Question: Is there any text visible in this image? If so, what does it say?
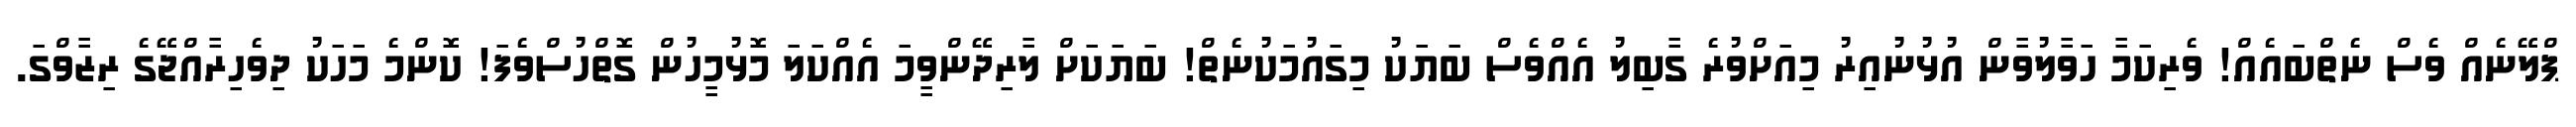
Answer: ޕްލޭނެއް ވެސް ނެތްބައެއް! ވެރިކަމާ ހަވާލުވާން އުޅުނުއިރު މިއަށްވުރެ ގާބިލު އެއްވެސް ބަޔަކު މިގައުމަކުނެތް! ބަޔަކަށް ލާރިދޭންވީމަ އެއްކަލަ މޮޅުމީހުން ގޮތްހުސްވެފަ! ކޮންމެ މަހަކު ދިވެހިރާއްޖޭގެ ރިޒާވްގަ.